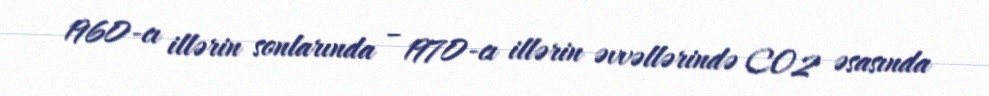
1960‐cı illərin sonlarında – 1970‐cı illərin əvvəllərində CO2 əsasında